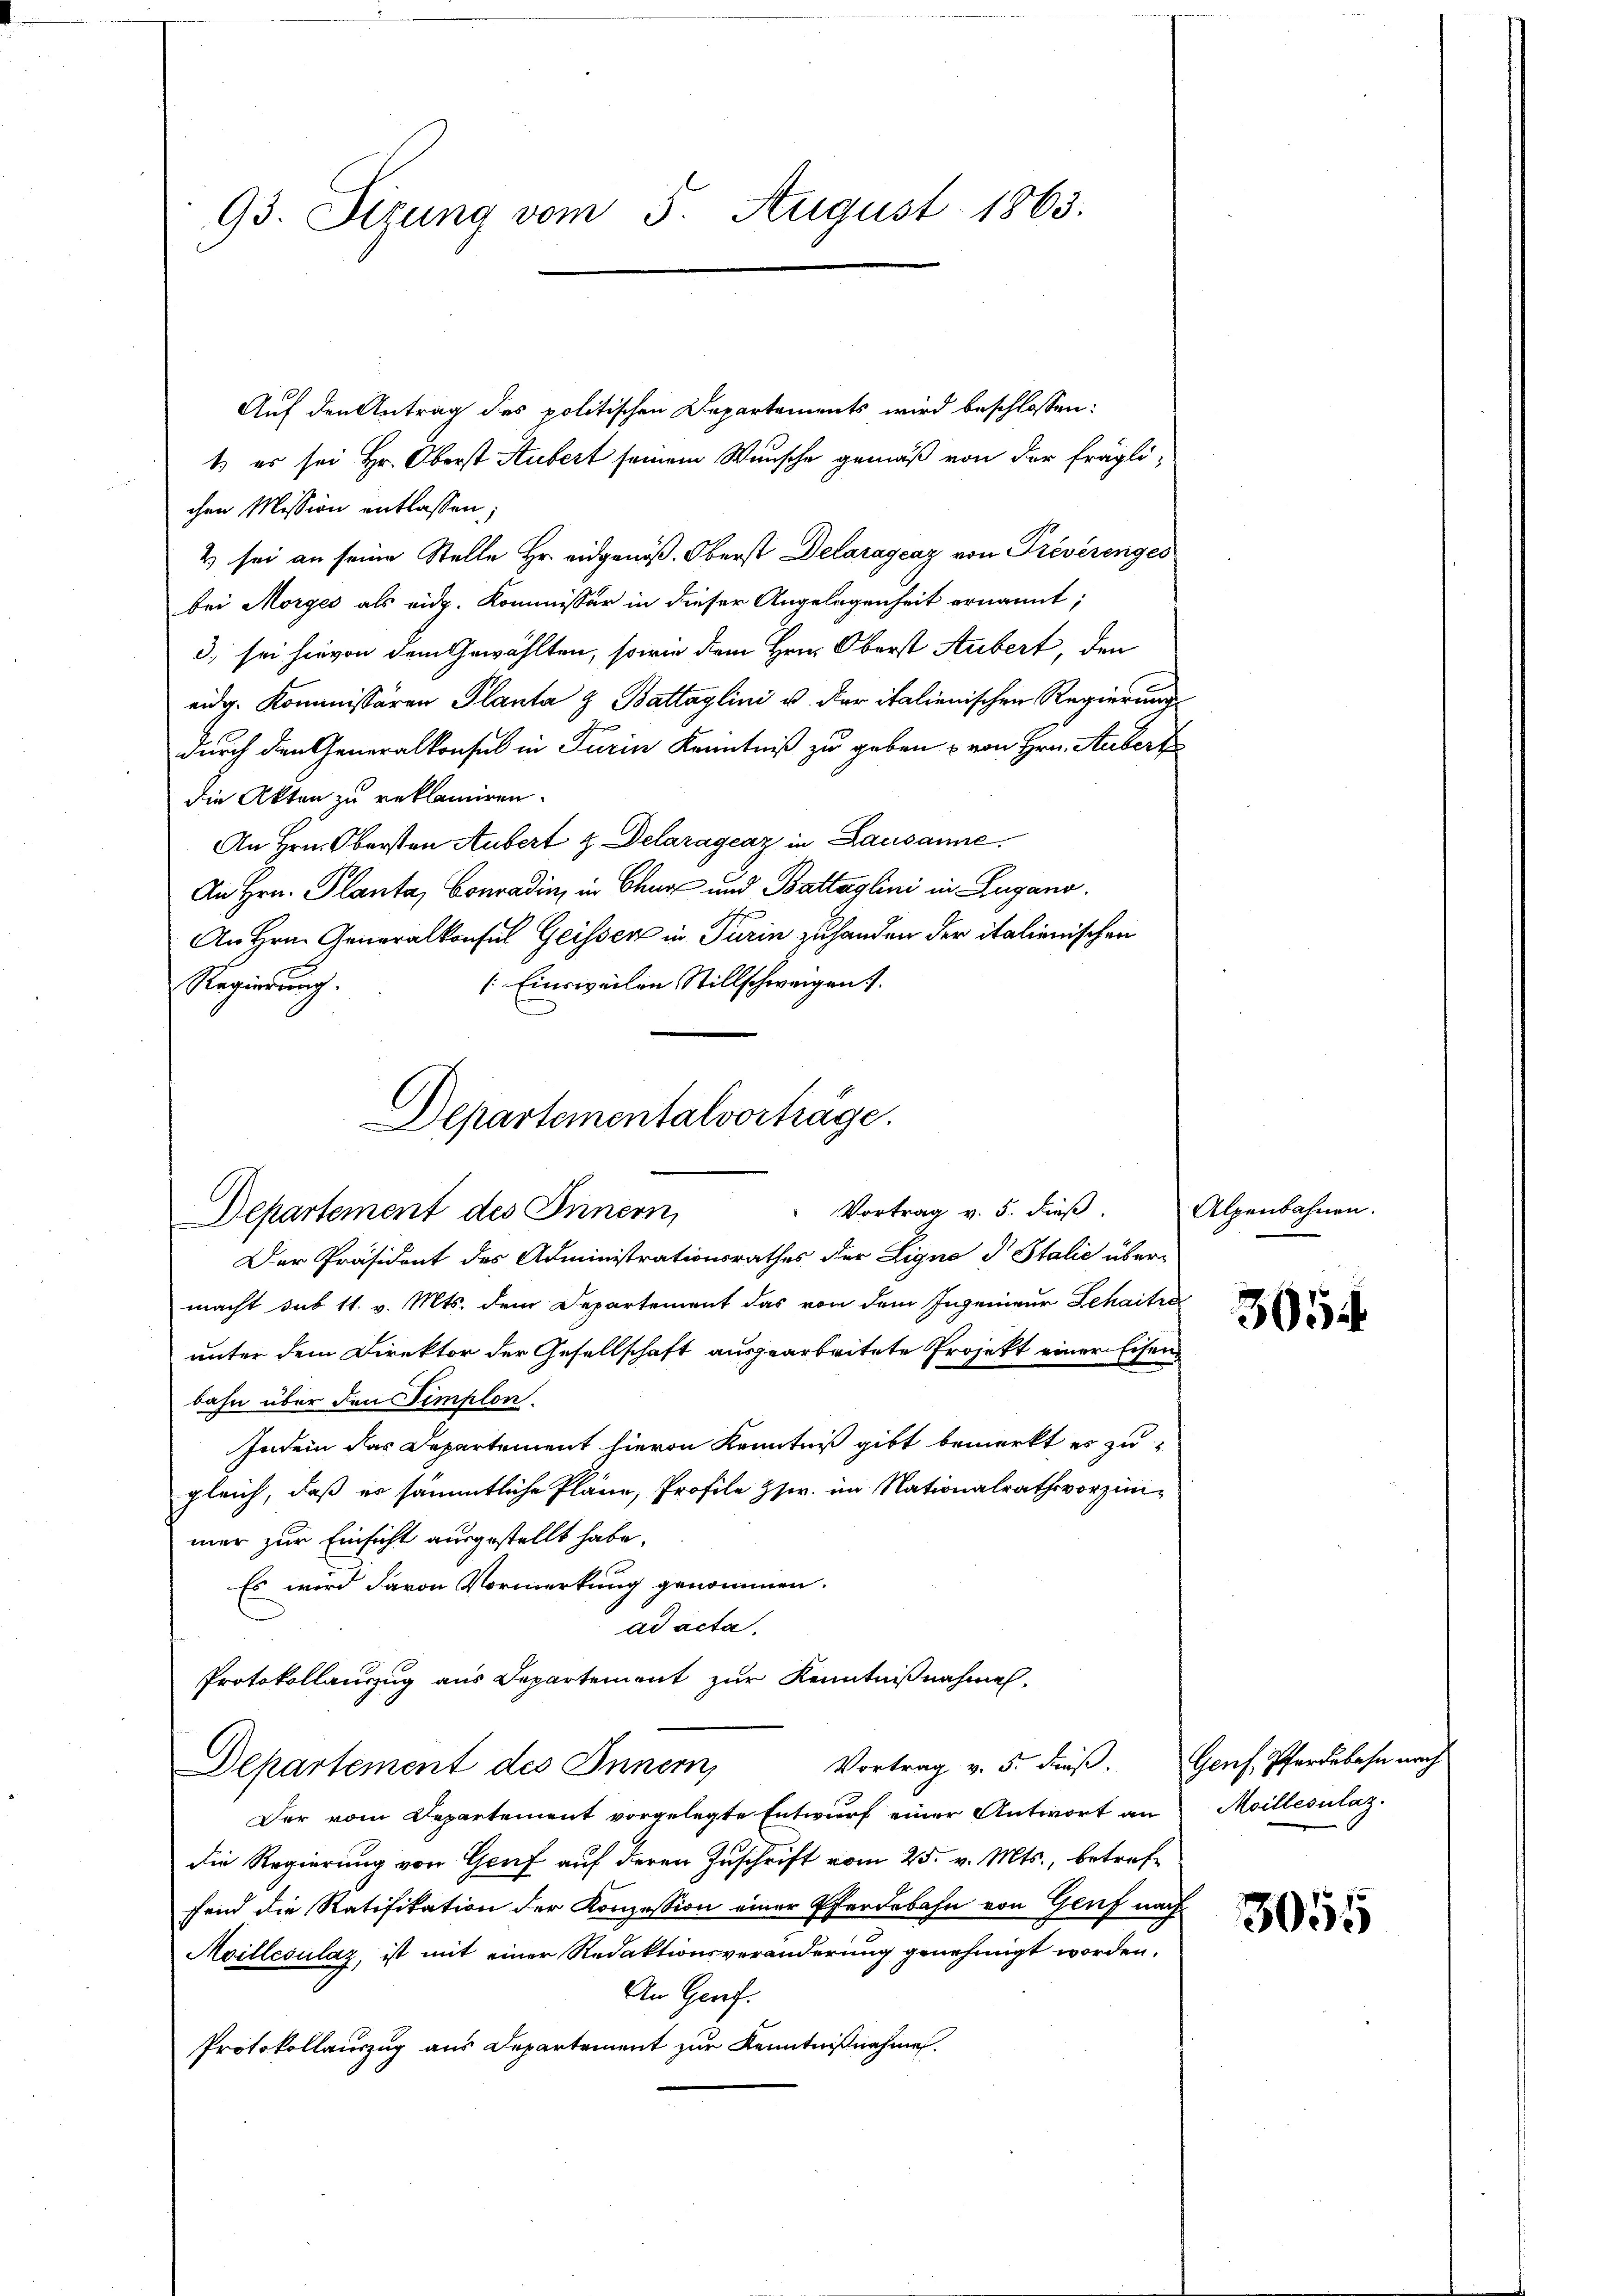
93. Sizung vom 5. August 1863.

Auf den Antrag des politischen Departements wird beschlossen:
1) es sei Hr. Oberst Hubert seinem Wunsche gemäß von der fraglichen Mission entlassen;
2) sei an seine Stelle Hr. eidgenöß. Oberst Delarayeaz von Preverenges
bei Morges als eidg. Kommissär in dieser Angelegenheit ernannt;
3, sei hievon dem Gewählten, sowie dem Hrn. Oberst Aubert, den
eidg. Kommissären Planta & Battaglini u. der italienischen Regierung
durch den Generalkonsul in Turin Kenntniß zu geben u von Hrn. Aubert
die Akten zu reklamiren.
An Hrn. Obersten Aubert & Delaragcaz in Lausanne.
An Hrn. Planta, Conradin, in Chur und Battaglini in Zugano,
An Hrn. Generalkonsul Geisser in Turin zuhanden der italienischen
(Einsweilen Stillschweigen s.
Regierung.

Departementalvorträge.
Vortrag v. 5. dieß.
Departement des Innern,

Der Präsident des Administrationsrathes der Ligno d Italić über-
macht sub 11. v. Mts. dem Departement das von dem Ingenieur Lehaitra
unter dem Direktor der Gesellschaft ausgearbeitete Projekt einer Eisen
bahn über den Templon.
Indem das Departement hievon Kenntniß gibt bemerkt es zu
gleich, daß er sämmtliche Pläne, Profile Zzw. im Nationalrath vorzini-
mer zur Einsicht ausgestellt habe.
Es wird davon Vormerkung genommen.
ad acta.
Protokollauszug aus Departement zur Kenntnißnahmen,
Vortrag v. 5. dieß.
Departement des Innern
Der vom Departement vorgelegte Entwurf einer Antwort an
die Regierung von Genf auf deren Zuschrift vom 25. v. Mts., betreffein die Ratifikation der Konzession einer Pferdebahn von Genf nach
Moillesulaz, ist mit einer Redaktionsveränderung genehmigt worden.
An Genf.
Protokollauszug aus Departement zur Kenntnißnahme.

Alpenbahnen.

305

Genf, Pferdebahn nach
Moillesilaz.

3055